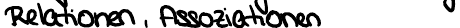
Relationen, Assoziationen